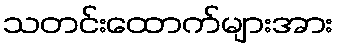
သတင်းထောက်များအား